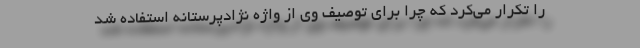
را تکرار می‌کرد که چرا برای توصیف وی از واژه نژادپرستانه استفاده شد